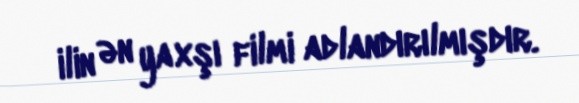
ilin ən yaxşı filmi adlandırılmışdır.